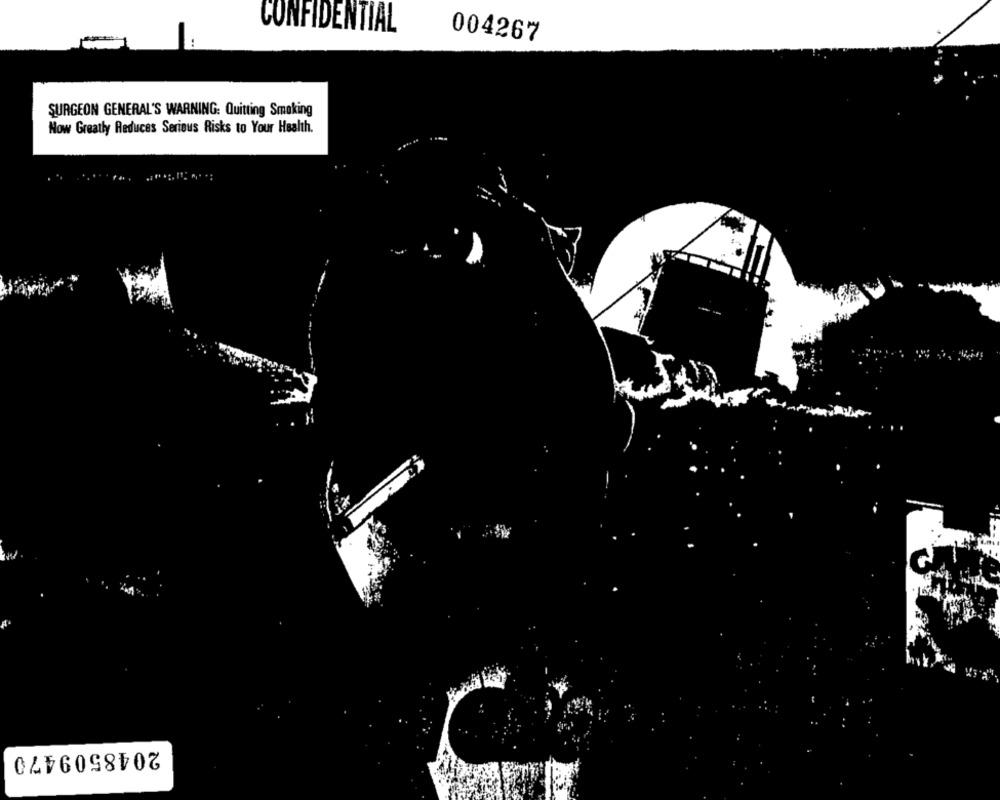
CONFIDENTIAL
004267
SURGEON GENERAL'S WARNING: Quitting Smoking
Now Greatly Reduces Serious Risks to Your Health.
. .
2048509470